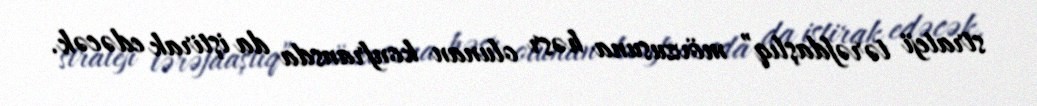
strateji tərəfdaşlıq” mövzusuna həsr olunan konfransda da iştirak edəcək.